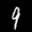
Label: 9